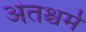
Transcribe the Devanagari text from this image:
अंतश्चर्म